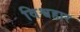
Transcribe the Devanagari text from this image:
विश्वहार